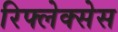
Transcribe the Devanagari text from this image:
रिफ्लेक्सेस